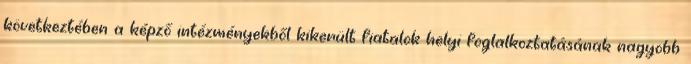
következtében a képző intézményekből kikerült fiatalok helyi foglalkoztatásának nagyobb